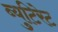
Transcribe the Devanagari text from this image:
ब्युटिरेट